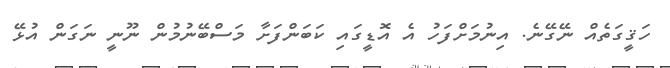
ހަޤީގަތެއް ނޭގޭނެ. އިނުމަށްފަހު އެ އޮޑީގައި ކަބަންފަށާ މަސްބޭނުމުން ނޫނީ ނަގަން އުޅޭ